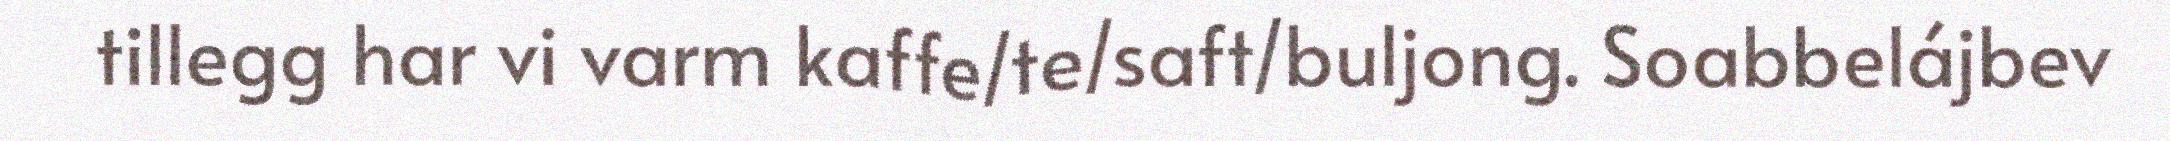
tillegg har vi varm kaffe/te/saft/buljong. Soabbelájbev